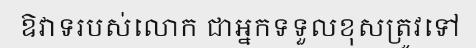
ឱវាទរបស់លោក ជាអ្នកទទួលខុសត្រូវទៅ